Report on the treatment of epidemic cholera: from information collected by the governments of Bengal, Madras, Bombay, N.W. Provinces, Punjab, Oudh, and Central India, by order of the Government of India
Disease focus: Cholera
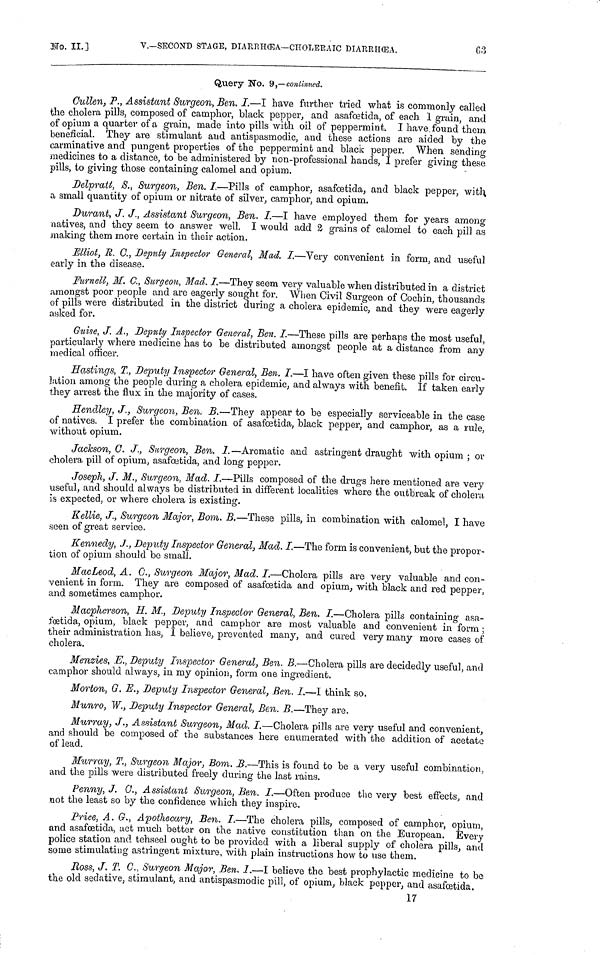
No.II.]
V.—SECOND STAGE, DIARRHŒA—CHOLERAIC DIARRHŒA.
63
Query No. 9,—continued.
Cullen, P., Assistant Surgeon, Ben. I.—I have further tried what is commonly called
the cholera pills, composed of camphor, black pepper, and asafœtida, of each 1 grain, and
of opium a quarter of a grain, made into pills with oil of peppermint. I have found them
beneficial. They are stimulant and antispasmodic, and these actions are aided by the
carminative and pungent properties of the peppermint and black pepper. When sending
medicines to a distance, to be administered by non-professional hands, I prefer giving these
pills, to giving those containing calomel and opium.
Delpratt, S., Surgeon, Ben. I.—Pills of camphor, asafœtida, and black pepper, with
a small quantity of opium or nitrate of silver, camphor, and opium.
Durant, J. J., Assistant Surgeon, Ben. I.—I have employed them for years among
natives, and they seem to answer well. I would add 2 grains of calomel to each pill as
making them more certain in their action.
Mliot, R. C., Deputy Inspector General, Mad. I.—Very convenient in form, and useful
early in the disease.
Furnell, M. C., Surgeon, Mad. I.—They seem very valuable when distributed in a district
amongst poor people and are eagerly sought for. When Civil Surgeon of Cochin, thousands
of pills were distributed in the district during a cholera epidemic, and they were eagerly
asked for.
Guise, J. A., Deputy Inspector General, Ben. I.—These pills are perhaps the most useful,
particularly where medicine has to be distributed amongst people at a distance from any
medical officer.
Hastings, T., Deputy Inspector General, Ben. I.—I have often given these pills for circu-
lation among the people during a cholera epidemic, and always with benefit. If taken early
they arrest the flux in the majority of cases.
Hendley, J., Surgeon, Ben. B.—They appear to be especially serviceable in the case
of natives. I prefer the combination of asafœtida, black pepper, and camphor, as a rule,
without opium.
Jackson, C. J., Surgeon, Ben. I.—Aromatic and astringent draught with opium ; or
cholera pill of opium, asafœtida, and long pepper.
Joseph, J. M., Surgeon, Mad. I.—Pills composed of the drugs here mentioned are very
useful, and should always be distributed in different localities where the outbreak of cholera
is expected, or where cholera is existing.
Kellie, J., Surgeon Major, Bom. B.—These pills, in combination with calomel, I have
seen of great service.
Kennedy, J., Deputy Inspector General, Mad. I.—The form is convenient, but the propor-
tion of opium should be small.
MacLeod, A. C., Surgeon Major, Mad. I.—Cholera pills are very valuable and con-
venient in form. They are composed of asafœtida and opium, with black and red pepper,
and sometimes camphor.
Macpherson, H. M., Deputy Inspector General, Ben. I.—Cholera pills containing asa-
i'oetida, opium, black pepper, and camphor are most valuable and convenient in form ;
their administration has, I believe, prevented many, and cured very many more cases of
cholera.
Menzies, E., Deputy Inspector General, Ben. B.—Cholera pills are decidedly useful, and
camphor should always, in my opinion, form one ingredient.
Morton, G. E., Deputy Inspector General, Ben, I.—I think so.
Munro, W., Deputy Inspector General, Ben. B.—They are.
Murray, J., Assistant Surgeon, Mad. I.—Cholera pills are very useful and convenient,
and should be composed of the substances here enumerated with the addition of acetate
of lead.
Murray, T., Surgeon Major, Bom. B.—This is found to be a very useful combination,
and the pills were distributed freely during the last rains.
Penny, J. C., Assistant Surgeon, Ben. I.—Often produce the very best effects, and
not the least so by the confidence which they inspire.
Price, A. G., Apothecary, Ben. I.—The cholera pills, composed of camphor, opium,
and asafœtida, act much better on the native constitution than on the European. Every
police station and tehseel ought to be provided with a liberal supply of cholera pills, and
some stimulating astringent mixture, with plain instructions how to use them.
Ross, J. T. C., Surgeon Major, Ben. I.—I believe the best prophylactic medicine to be
the old sedative, stimulant, and antispasmodic pill, of opium, black pepper, and asafœtida.
17